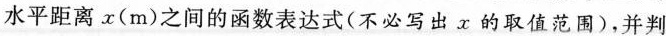
水平距离x(m)之间的函数表达式(不必写出x的取值范围)，并判